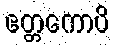
ဧတ္တကောပိ